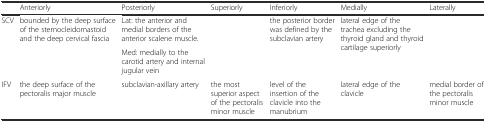
<table><thead><tr><td></td><td><b>Anteriorly</b></td><td><b>Posteriorly</b></td><td><b>Superiorly</b></td><td><b>Inferiorly</b></td><td><b>Medially</b></td><td><b>Laterally</b></td></tr></thead><tbody><tr><td rowspan="2">SCV</td><td rowspan="2">bounded by the deep surface of the sternocleidomastoid and the deep cervical fascia</td><td>Lat: the anterior and medial borders of the anterior scalene muscle.</td><td rowspan="2"></td><td rowspan="2">the posterior border was defined by the subclavian artery</td><td rowspan="2">lateral edge of the trachea excluding the thyroid gland and thyroid cartilage superiorly</td><td rowspan="2"></td></tr><tr><td>Med: medially to the carotid artery and internal jugular vein</td></tr><tr><td>IFV</td><td>the deep surface of the pectoralis major muscle</td><td>subclavian-axillary artery</td><td>the most superior aspect of the pectoralis minor muscle</td><td>level of the insertion of the clavicle into the manubrium</td><td>lateral edge of the clavicle</td><td>medial border of the pectoralis minor muscle</td></tr></tbody></table>